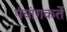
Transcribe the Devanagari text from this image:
पंचांगकर्ते